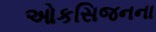
ઓકસિજનના